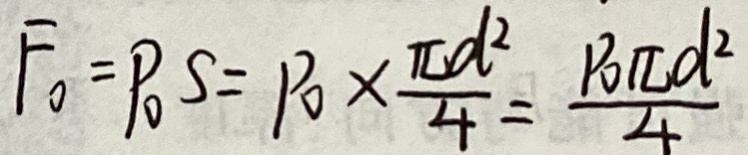
F _ { 0 } = P _ { 0 } S = P _ { 0 } \times \frac { \pi d ^ { 2 } } { 4 } = \frac { P _ { 0 } \pi d ^ { 2 } } { 4 }